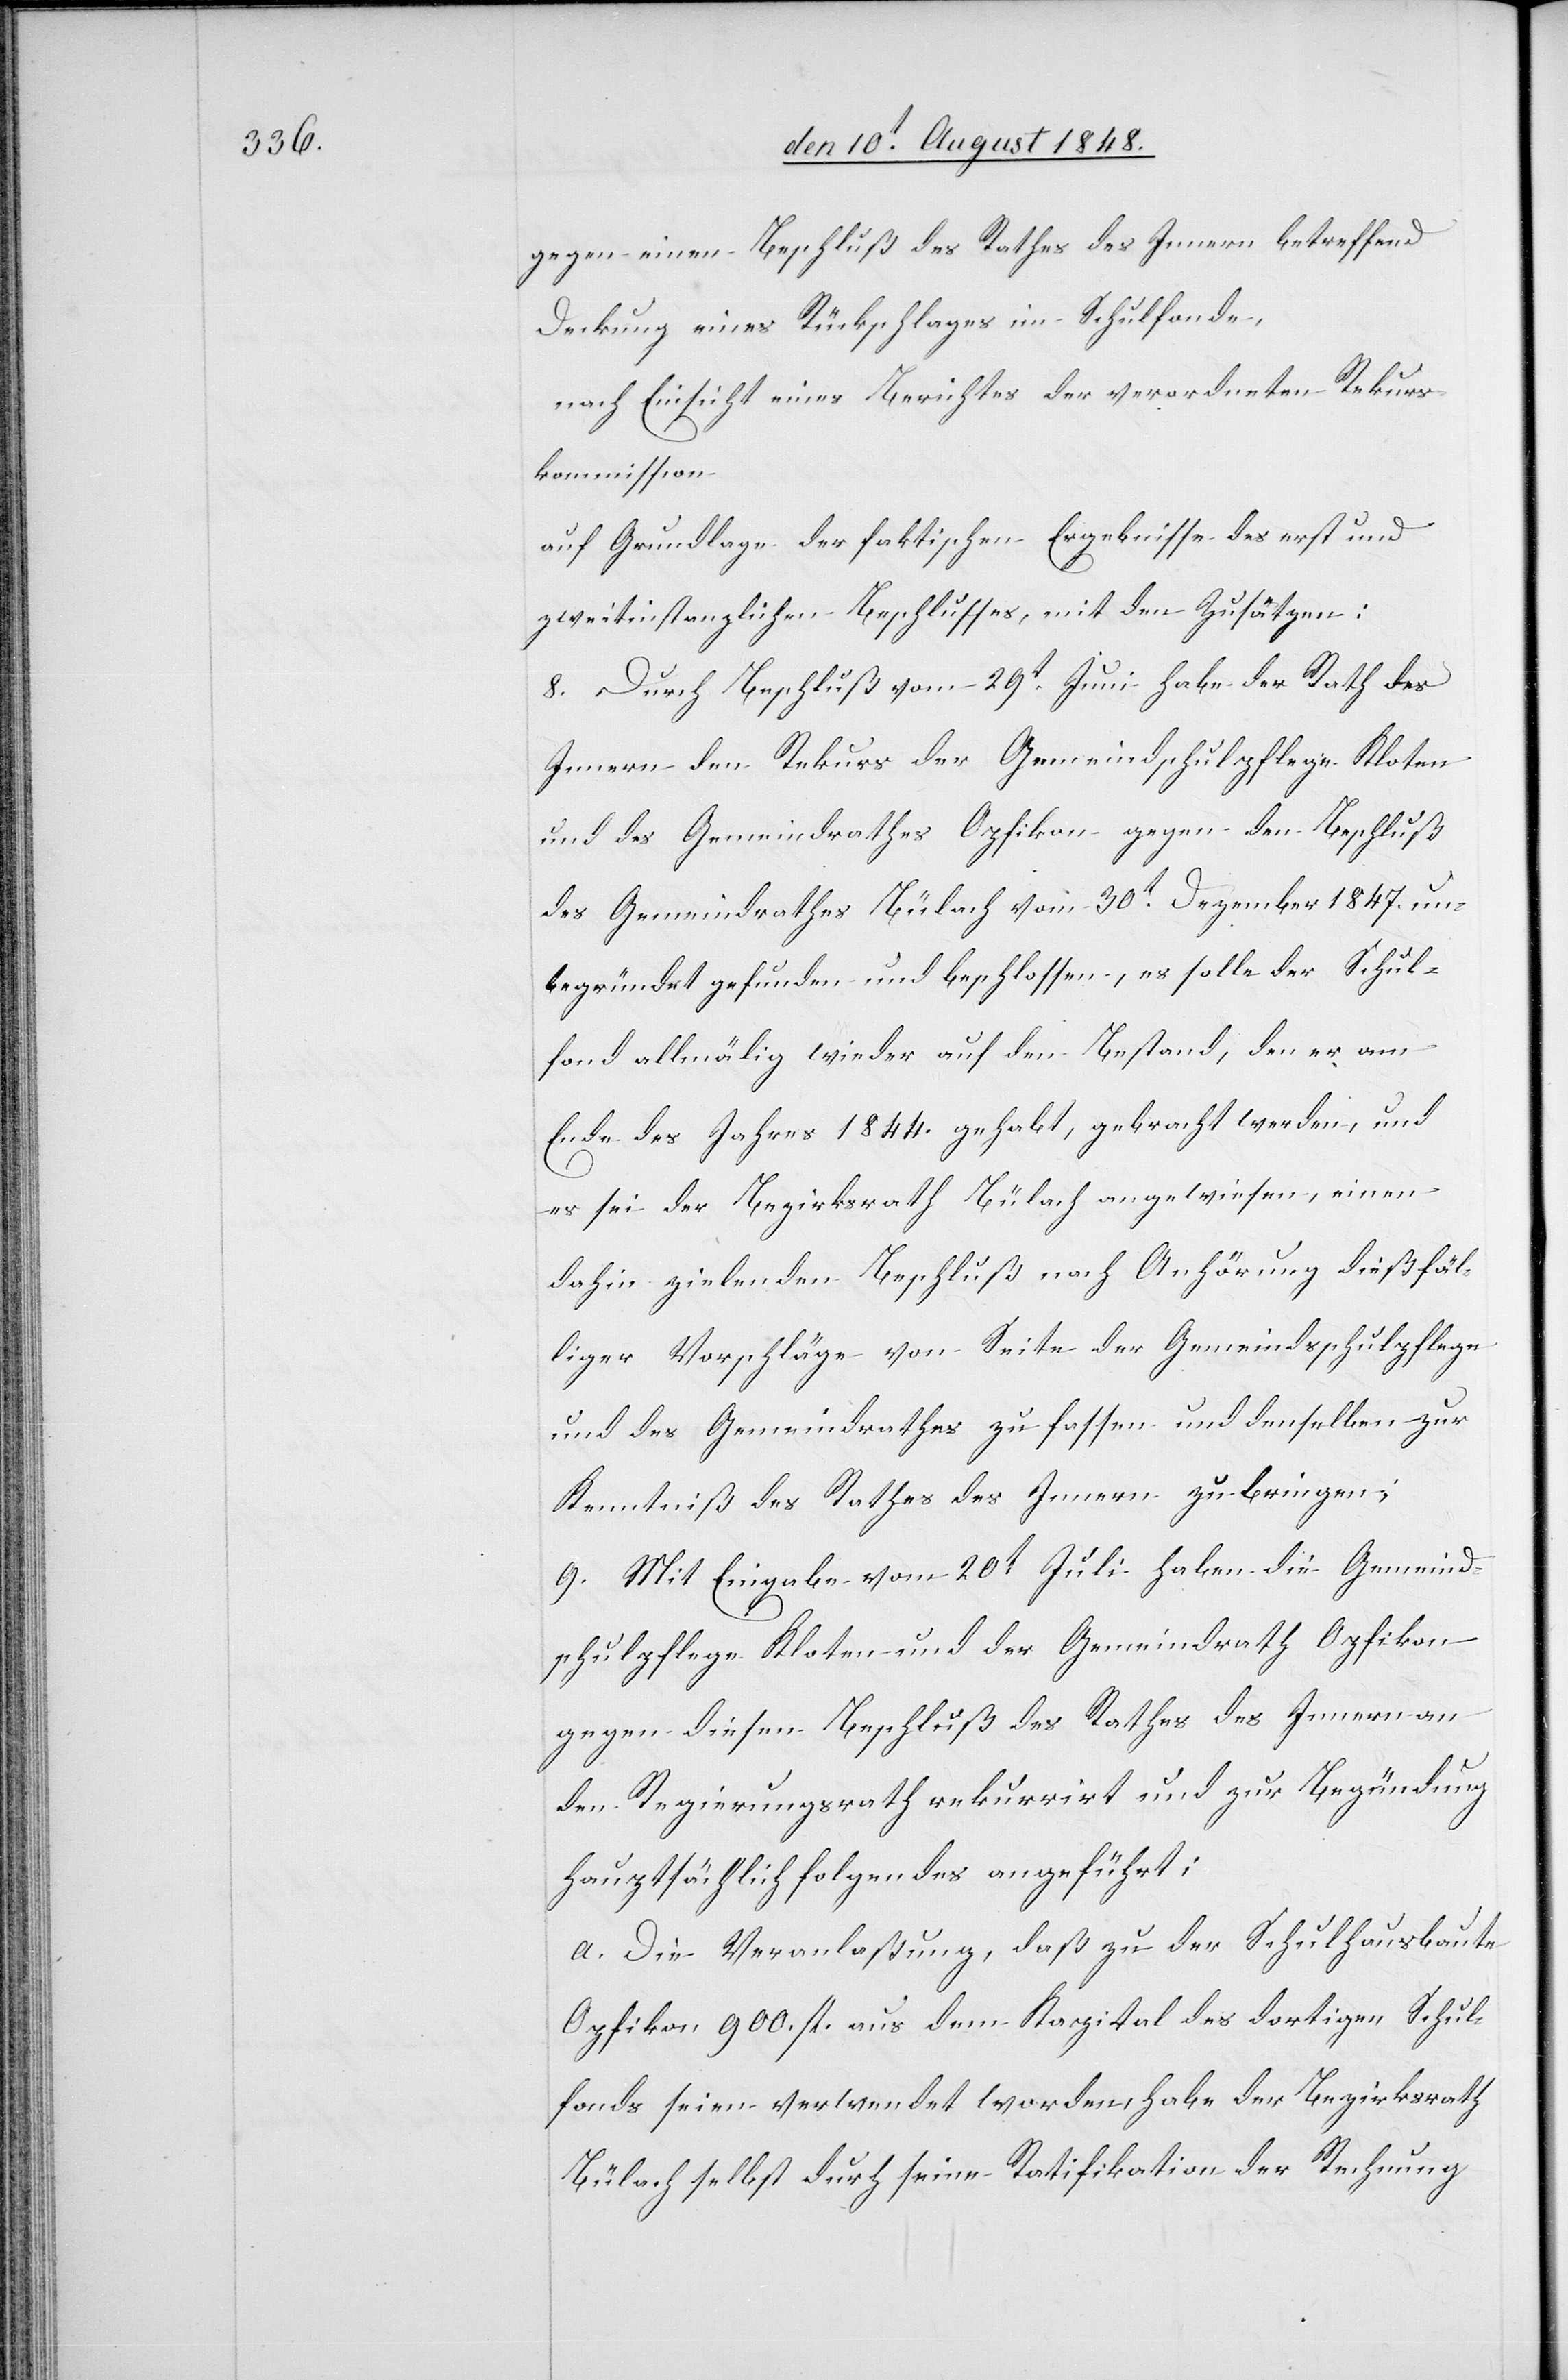
gegen einen Beschluß des Rathes des Innern betreffend
Deckung eines Rückschlages im Schulfonde.
nach Einsicht eines Berichtes der verordneten Rekurs¬
kommission
auf Grundlage der faktischen Ergebnisse des erst und
zweitinstanzlichen Beschlusses, mit den Zusätzen:
8. Durch Beschluß vom 29t Juni habe der Rath des
Innern den Rekurs der Gemeindschulpflege Kloten
und des Gemeindrathes Opfikon gegen den Beschluß
des Gemeindrathes Bülach vom 30t Dezember 1847. un¬
begründet gefunden und beschlossen, es solle der Schul¬
fond allmälig wieder auf den Bestand, den er am
Ende des Jahres 1844. gehabt, gebracht werden, und
es sei der Bezirksrath Bülach angewiesen, einen
dahin zielenden Beschluß nach Anhörung dießfäl¬
liger Vorschläge von Seite der Gemeindsschulpflege
und des Gemeindrathes zu fassen und denselben zur
Kenntniß des Rathes des Innern zu bringen.
9. Mit Eingabe vom 20t Juli haben die Gemeind¬
schulpflege Kloten und der Gemeindrath Opfikon
gegen diesen Beschluß des Rathes des Innern an
den Regierungsrath rekurrirt und zur Begründung
hauptsächlich folgendes angeführt;
a. Die Veranlaßung, daß zu der Schulhausbaute
Opfikon 900. fl. aus dem Kapital des dortigen Schul¬
fonds seien verwendet worden, habe der Bezirksrath
Bülach selbst durch seine Ratifikation der Rechnung